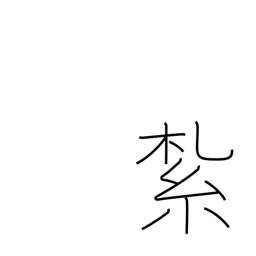
Meaning: tie up